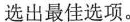
选出最佳选项。